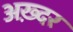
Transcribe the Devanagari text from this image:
अख़्दर